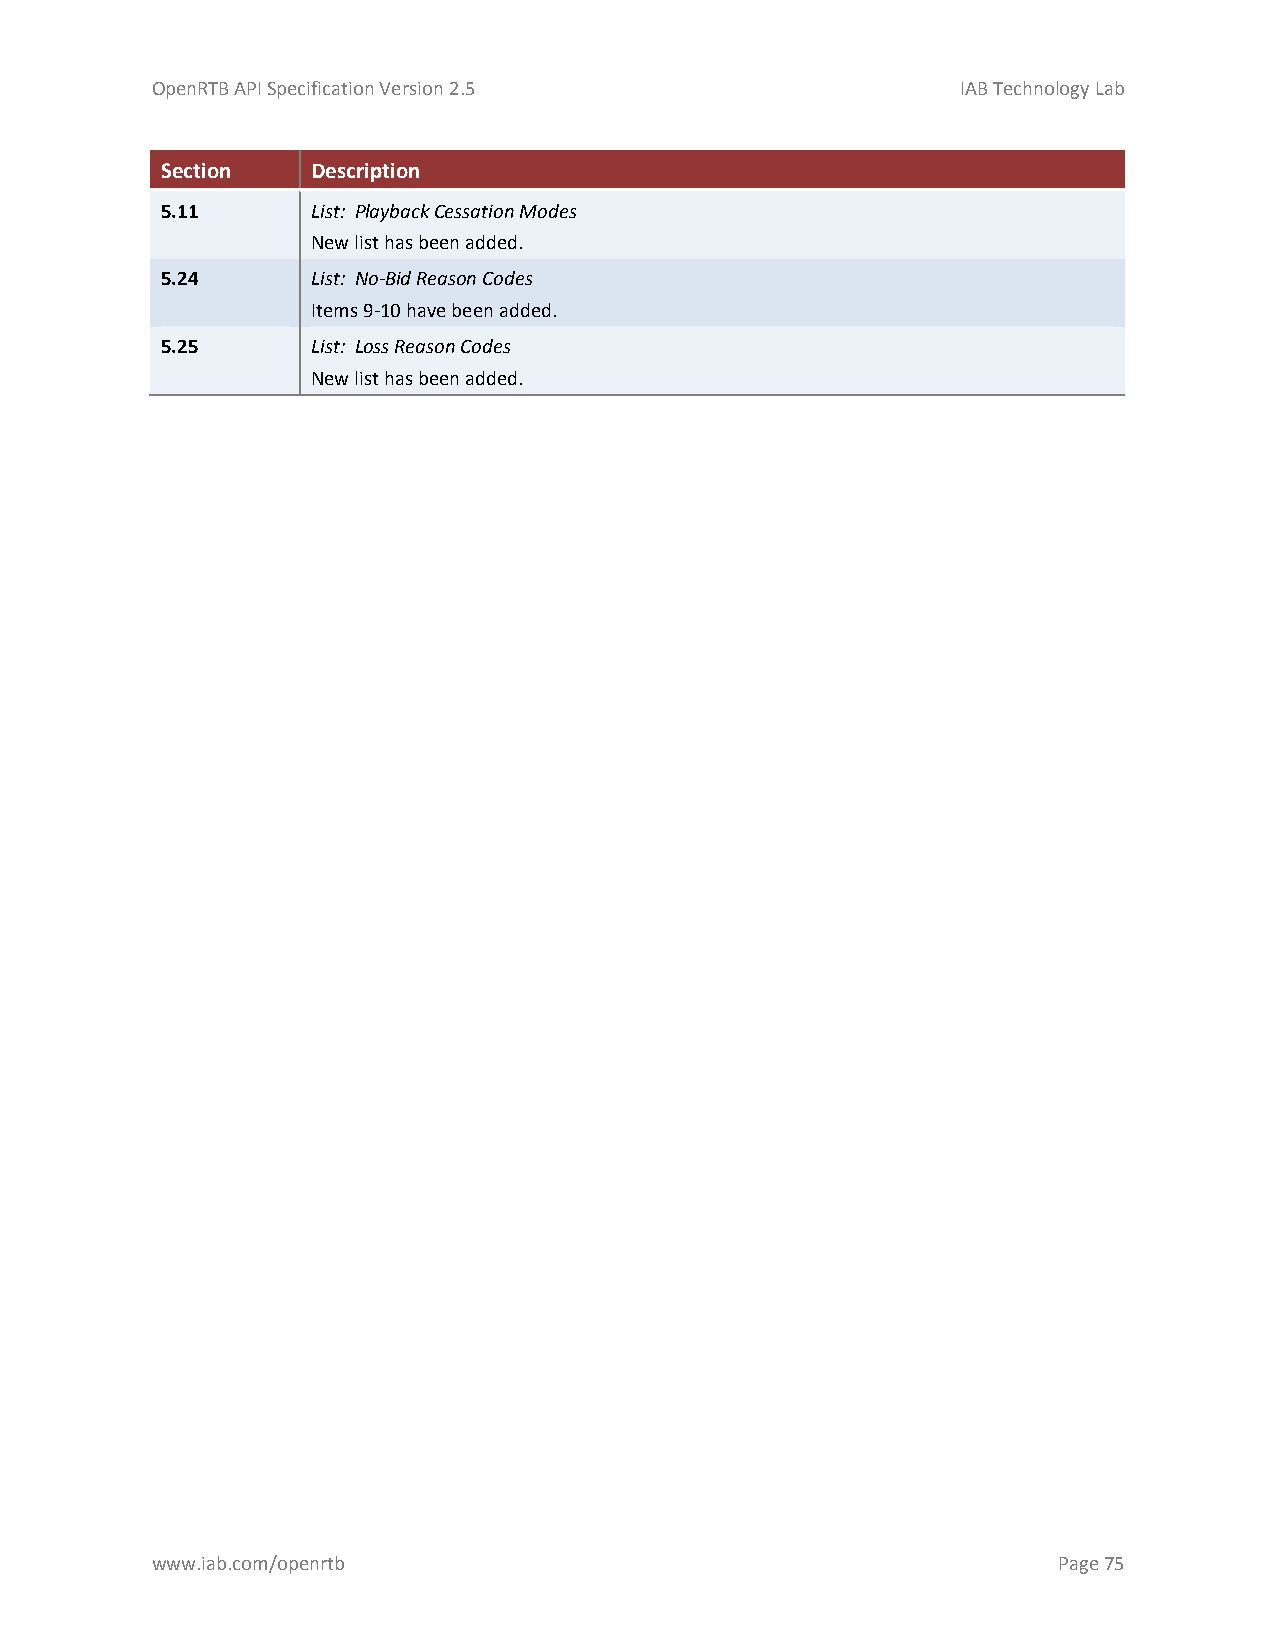
OpenRTB API Specification Version 2.5                 IAB Technology Lab
 Section   Description
 5.11      List: Playback Cessation Modes
 New list has been added.
 5.24      List: No-Bid Reason Codes
 Items 9-10 have been added.
 5.25      List: Loss Reason Codes
 New list has been added.
 www.iab.com/openrtb                                         Page 75